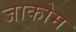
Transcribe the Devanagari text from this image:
जाकोम